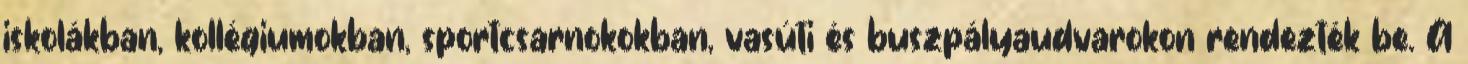
iskolákban, kollégiumokban, sportcsarnokokban, vasúti és buszpályaudvarokon rendezték be. A